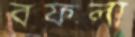
বফলা